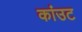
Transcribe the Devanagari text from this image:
कांउट